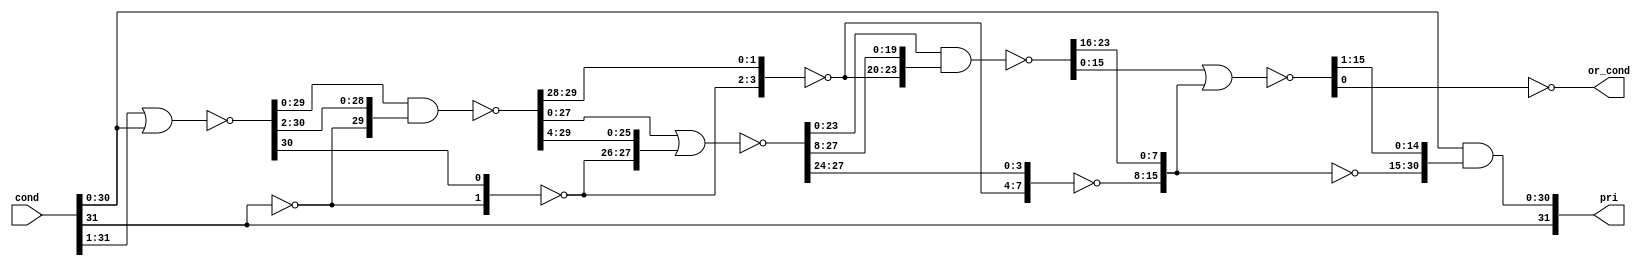
module tri_pri(
   cond,
   pri,
   or_cond
);
   parameter                  SIZE = 32;	// Size of "cond", range 3 - 32
   parameter                  REV = 0;		// 0 = 0 is highest,   1 = 0 is lowest
   parameter                  CMP_ZERO = 0;	// 1 = include comparing cond to zero in pri vector, 0 = don't
   input [0:SIZE-1]           cond;
   output [0:SIZE-1+CMP_ZERO] pri;
   output                     or_cond;

   // tri_pri

   parameter                  s = SIZE - 1;
   wire [0:s]                 l0;
   wire [0:s]                 or_l1;
   wire [0:s]                 or_l2;
   wire [0:s]                 or_l3;
   wire [0:s]                 or_l4;
   wire [0:s]                 or_l5;

   generate
   begin
     if (REV == 0)
     begin
       assign l0[0:s] = cond[0:s];
     end
     if (REV == 1)
     begin
       assign l0[0:s] = cond[s:0];
     end

     // Odd Numbered Levels are inverted

     assign or_l1[0] = ~l0[0];
     assign or_l1[1:s] = ~(l0[0:s - 1] | l0[1:s]);

     if (s >= 2)
     begin
       assign or_l2[0:1] = ~or_l1[0:1];
       assign or_l2[2:s] = ~(or_l1[2:s] & or_l1[0:s - 2]);
     end
     if (s < 2)
     begin
       assign or_l2 = ~or_l1;
     end

     if (s >= 4)
     begin
       assign or_l3[0:3] = ~or_l2[0:3];
       assign or_l3[4:s] = ~(or_l2[4:s] | or_l2[0:s - 4]);
     end
     if (s < 4)
     begin
       assign or_l3 = ~or_l2;
     end

     if (s >= 8)
     begin
       assign or_l4[0:7] = ~or_l3[0:7];
       assign or_l4[8:s] = ~(or_l3[8:s] & or_l3[0:s - 8]);
     end
     if (s < 8)
     begin
       assign or_l4 = ~or_l3;
     end

     if (s >= 16)
     begin
       assign or_l5[0:15] = ~or_l4[0:15];
       assign or_l5[16:s] = ~(or_l4[16:s] | or_l4[0:s - 16]);
     end
     if (s < 16)
     begin
       assign or_l5 = ~or_l4;
     end

     //assert SIZE > 32 report "Maximum Size of 32 Exceeded!" severity error;

     assign pri[0] = cond[0];
     assign pri[1:s] = cond[1:s] & or_l5[0:s - 1];

     if (CMP_ZERO == 1)
     begin
       assign pri[s + 1] = or_l5[s];
     end

     assign or_cond = ~or_l5[s];
   end
   endgenerate

//!! [fail; tri_pri;  "Priority not zero or one hot!!"] : (pri1 ) <= not zero_or_one_hot(pri);

endmodule